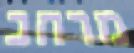
מרחב